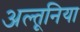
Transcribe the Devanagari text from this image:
अल्तूनिया